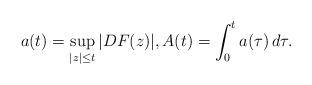
LaTeX: \begin{align*} a(t)=\sup_{|z|\le t} |DF(z)|, A(t)=\int_0^ta(\tau)\, d\tau. \end{align*}